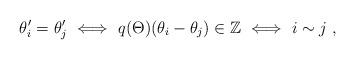
LaTeX: \begin{align*}\theta'_i=\theta'_j\ \Longleftrightarrow\ q(\Theta)(\theta_i-\theta_j)\in\mathbb{Z}\ \Longleftrightarrow\ i\sim j\;,\end{align*}